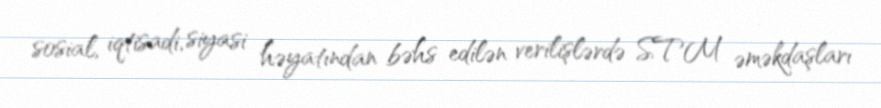
sosial, iqtisadi, siyasi həyatından bəhs edilən verilişlərdə STM əməkdaşları